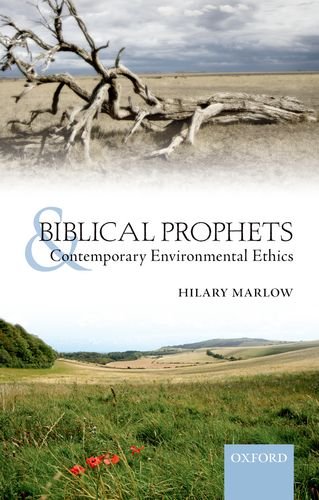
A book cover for Biblical Prophets and Contemporary Environmental Ethics; Hilary Marlow; Christian Books & Bibles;